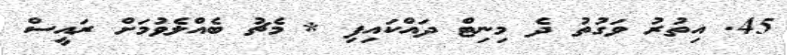
45. އިތުރު ވަގުތު ދެ މިނިޓް ދައްކައިފި * މެޗު ބެއްލެވުމަށް ރައީސް